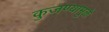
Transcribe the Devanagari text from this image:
कुजण्यामुळे